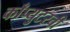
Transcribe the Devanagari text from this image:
काँप्युटरची